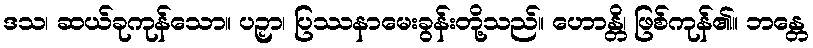
ဒသ၊ ဆယ်ခုကုန်သော။ ပဉှာ၊ ပြဿနာမေးခွန်းတို့သည်။ ဟောန္တိ၊ ဖြစ်ကုန်၏။ ဘန္တေ